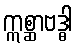
ဣစ္ဆာဗဒ္ဓါ